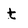
Character: t